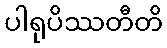
ပါရုပိဿတီတိ